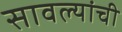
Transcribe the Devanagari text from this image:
सावल्यांची